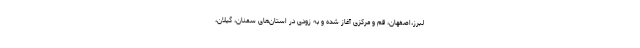
لبرز،اصفهان، قم و مرکزی آغاز شده و به زودی در استان‌های سمنان، گیلان،